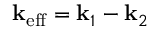
{ \bf k } _ { \mathrm { e f f } } = { \bf k } _ { 1 } - { \bf k } _ { 2 }